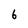
Character: 6